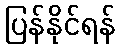
ပြန်နိုင်ရန်